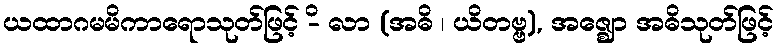
ယထာဂမမိကာရောသုတ်ဖြင့် -ိ လာ (အဓိ ၊ ယိတဗ္ဗ), အဇ္ဈော အဓိသုတ်ဖြင့်